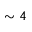
\sim 4